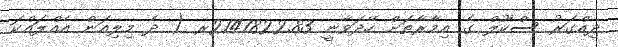
ދިއްގަރު ސްކޫލް ގެ އިމާރާތަށް ހޭދަވާނީ 2147822.83ރ ( ދެ މިލިއަން އެއްލައްކަ